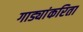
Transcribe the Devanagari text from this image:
गाड्यांकरिता